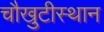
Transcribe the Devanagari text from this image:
चौखुटीस्थान